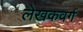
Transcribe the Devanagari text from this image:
लेखकवर्ग